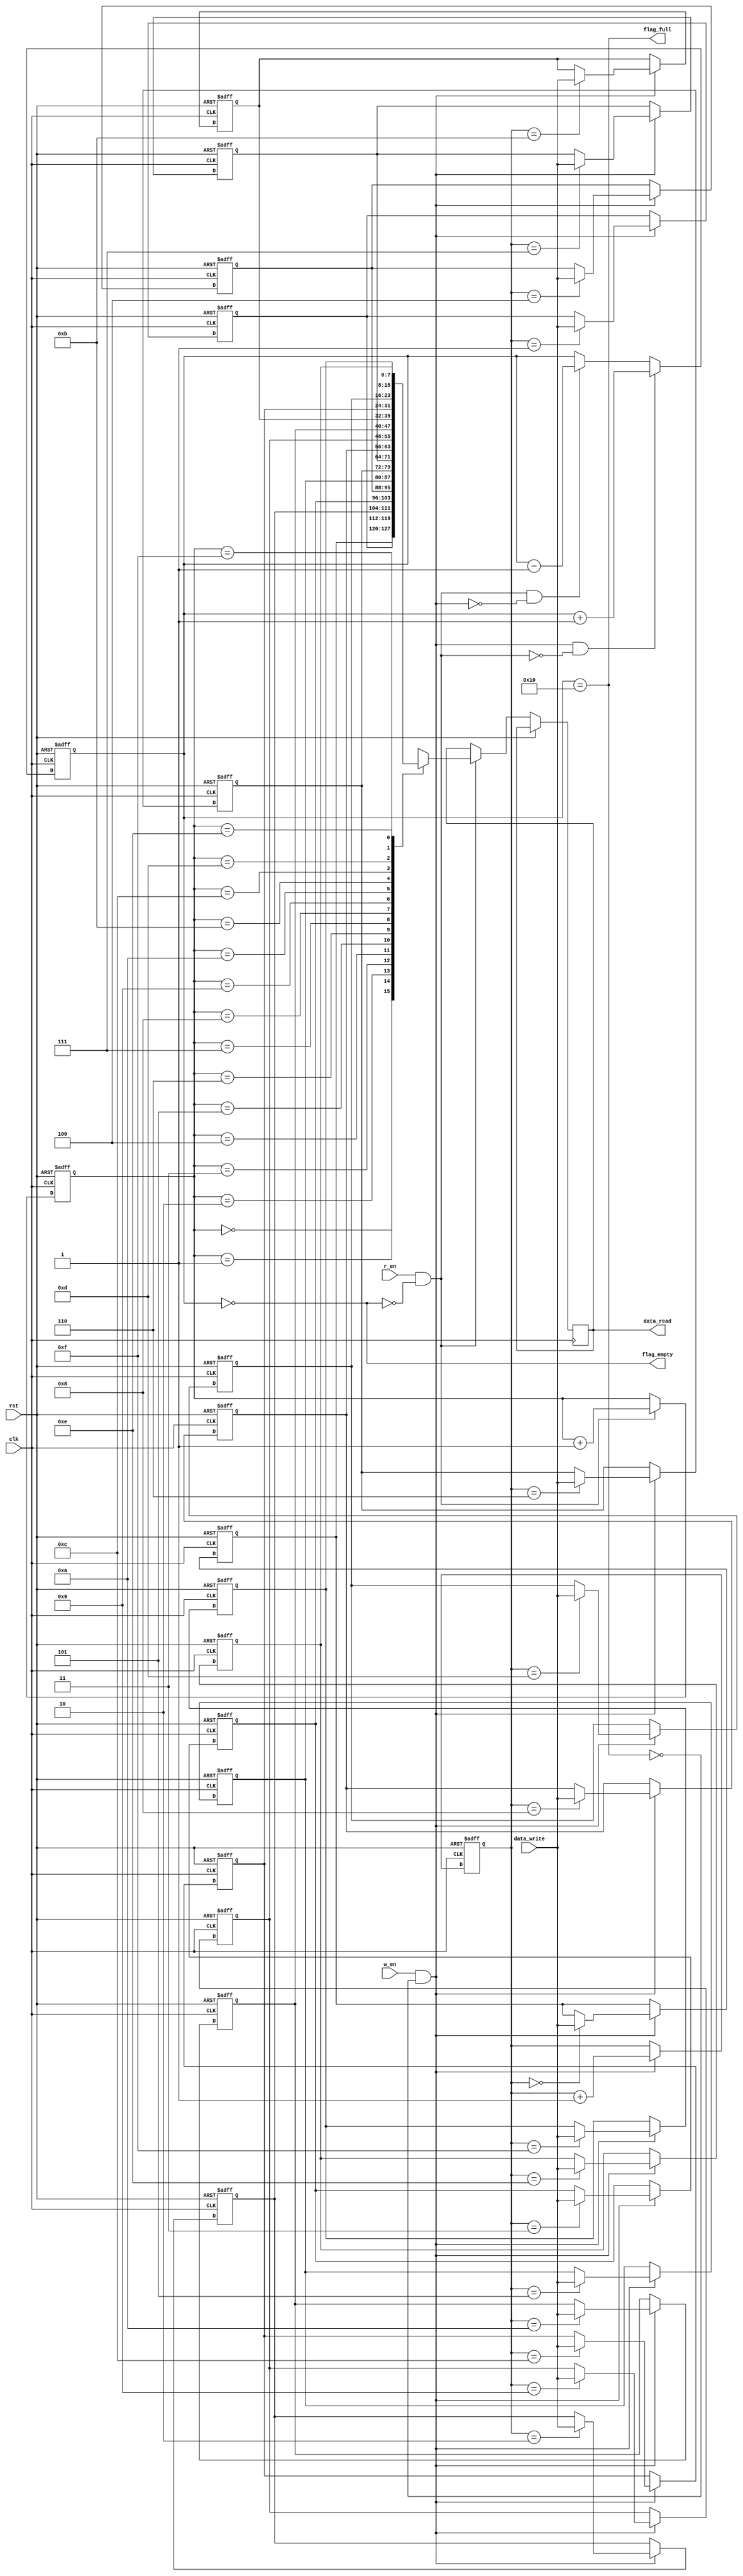
module sync_fifo 
    #(
        parameter FIFO_WIDTH       = 10'd8,
        parameter FIFO_WIDTH_BIT   = 10'd3,
        parameter FIFO_DEPTH       = 10'd16,
        parameter FIFO_DEPTH_BIT   = 10'd4
    )
    (
        input                           clk,
        input                           rst,
        input                           w_en,
        input                           r_en,
        input [FIFO_WIDTH-1:0]          data_write,

        output                          flag_full,
        output                          flag_empty,
        output reg [FIFO_WIDTH-1:0]     data_read
    );
    
    reg [9:0]                   count; //counting fifo's space
    reg [FIFO_DEPTH_BIT:0]      index;
    reg [FIFO_DEPTH_BIT-1:0]    write_addr; //memory's wirting address
    reg [FIFO_DEPTH_BIT-1:0]    read_addr; //memory's reading address
    reg [FIFO_WIDTH-1:0]        memory [FIFO_DEPTH-1:0]; //the memory space of fifo

    always @(posedge clk or posedge rst) begin //initiating and writing data
        if (rst) begin
            write_addr <= 0;
            for(index=0; index<=FIFO_DEPTH-1; index=index+1'b1)
                memory[index] = 0; //initiate memory to 0
        end

        else if (w_en && (!flag_full)) begin
            memory[write_addr] <= data_write;
            write_addr         <= write_addr + 1'b1;
        end

        else ;
    end

    always @(posedge clk or posedge rst) begin // reading data
        if (rst) begin
            read_addr  <= 0;
        end

        else if (r_en && (!flag_empty)) begin
            data_read  <= memory[read_addr];
            read_addr <= read_addr + 1'b1;
        end

        else ;
    end
   
    always @(posedge clk or posedge rst) begin //
        if(rst) 
            count <= 0;
        else if( (w_en && (!flag_full)) &&  !(r_en && (!flag_empty)) )
            count <= count + 1'b1;
        else if( (r_en && (!flag_empty)) &&  !(w_en && (!flag_full)) ) 
            count <= count - 1'b1;
        else
            count <= count;
    end

    assign flag_empty = (count==0);
    assign flag_full  = (count==(FIFO_DEPTH));

endmodule